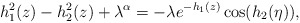
\begin{align*} h^2_1 (z) - h^2_2 (z) + \lambda^\alpha = -\lambda e^{-h_1 (z)} \cos (h_2 (\eta)), \end{align*}